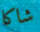
شاكا